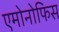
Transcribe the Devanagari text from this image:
एमोनोफिस